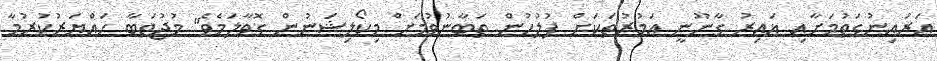
އަރައިނުގަތުމަށާއި ޣައިރު ގާނޫނީ އަމުރުތަކަށް ފުލުހުން ތަބާނުވުމަށް މިކޯލިޝަނުން ގޮވާލަމެވެ" މުޖުތަބާ ހައްޔަރުކުރުމާ